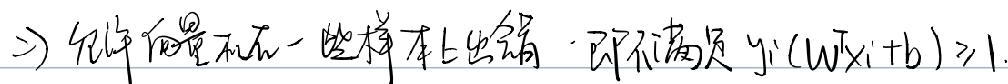
$\Rightarrow$ 允许向量机在一些样本上出错，即不满足 $y_{i}(W^{T}x_{i}+b)\geqslant 1$ 。